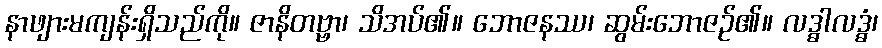
နာဖျားမကျန်းရှိသည်ကို။ ဇာနိတဗ္ဗာ၊ သိအပ်၏။ ဘောဇနဿ၊ ဆွမ်းဘောဇဉ်၏။ လဒ္ဓါလဒ္ဓံ၊